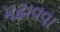
મઢાવવા